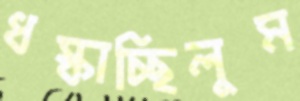
ধস্‌কাচ্ছিলুম